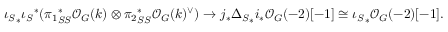
{ { \iota _ { S } } _ { * } { \iota _ { S } } ^ { * } ( { \pi _ { 1 } } _ { S S } ^ { * } \mathcal { O } _ { G } ( k ) \otimes { \pi _ { 2 } } _ { S S } ^ { * } \mathcal { O } _ { G } ( k ) ^ { \vee } ) } \rightarrow { j _ { * } { \Delta _ { S } } _ { * } i _ { * } \mathcal { O } _ { G } ( - 2 ) [ - 1 ] } \cong { \iota _ { S } } _ { * } \mathcal { O } _ { G } ( - 2 ) [ - 1 ] .